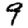
Digit: 9